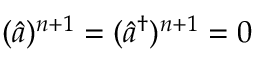
\begin{array} { r } { ( \hat { a } ) ^ { n + 1 } = ( \hat { a } ^ { \dagger } ) ^ { n + 1 } = 0 } \end{array}